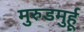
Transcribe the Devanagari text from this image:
मुरुडमुर्हू